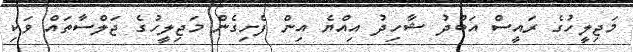
މަޖިލީހުގެ ރައީސް އަބްދު ޝާހިދު އިއްޔެ އިން ފެށިގެން މަޖިލީހުގެ ޖަލްސާތައް ވަކި